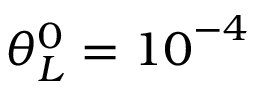
\theta _ { L } ^ { 0 } = { { 1 0 } ^ { - 4 } }